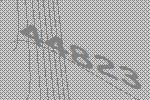
44823